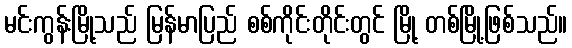
မင်းကွန်းမြို့သည် မြန်မာပြည် စစ်ကိုင်းတိုင်းတွင် မြို့ တစ်မြို့ဖြစ်သည်။